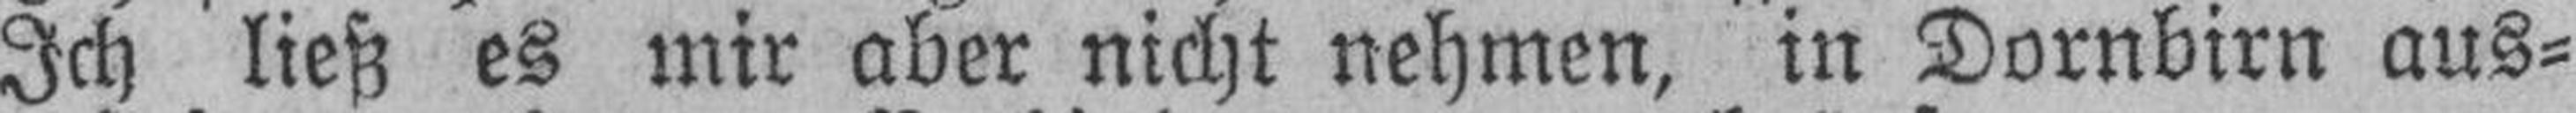
Ich ließ es mir aber nicht nehmen, in Dornbirn aus¬